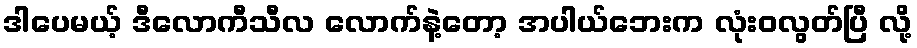
ဒါပေမယ့် ဒီလောကီသီလ လောက်နဲ့တော့ အပါယ်ဘေးက လုံးဝလွတ်ပြီ လို့